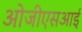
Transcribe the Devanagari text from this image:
ओजीएसआई